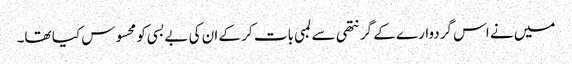
میں نے اس گردوارے کے گرنتھی سے لمبی بات کر کے ان کی بےبسی کو محسوس کیا تھا۔